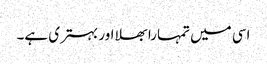
اسی میں تمہارا بھلا اور بہتری ہے۔